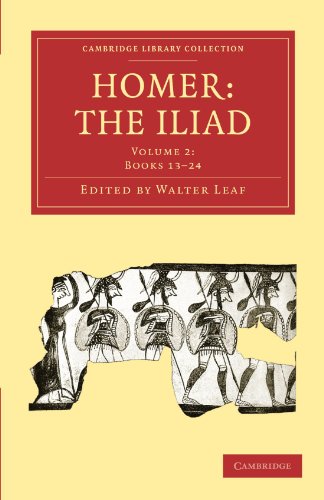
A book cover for Homer, the Iliad (Cambridge Library Collection - Classics); Literature & Fiction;